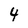
Character: 4